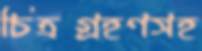
চিত্রগ্রহণসহ